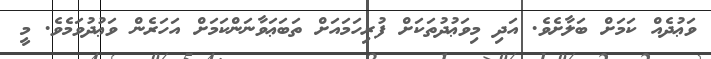
ވަޢުދެއް ކަމަށް ބަލާށެވެ. އަދި މިވަޢުދުތަކަށް ފުރިހަމައަށް ތަބަޢަވާނަންކަމަށް އަހަރެން ވަޢުދުވަމެވެ. މީ